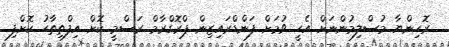
ރޮހިންޔާ މުސްލިމުންނަށް އެހީ ވުމަށް ފަންޑްރައިޒިން ޕްރޮގްރާމް ރަސްމީ ކޮށް އިފްތިތާހު ކޮށްފި